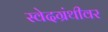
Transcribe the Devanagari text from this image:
स्वेदग्रंथीवर